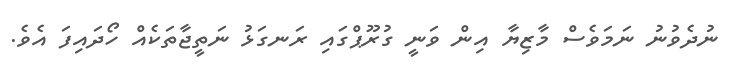
ނުދެވުނު ނަމަވެސް މާޒިޔާ އިން ވަނީ ގުރޫޕްގައި ރަނގަޅު ނަތީޖާތަކެއް ހޯދައިފަ އެވެ.